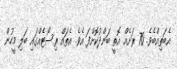
އެބަތިއްބެވެ. 70 ރަށެއް އޮތީ ބަންދުކޮށްފަ އެވެ. އެތައް ރިސޯޓެއްގައި ބަލި މީހުން